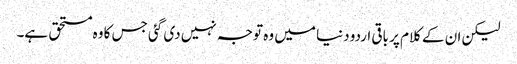
لیکن ان کے کلام پر باقی اردو دنیا میں وہ توجہ نہیں دی گئی جس کا وہ مستحق ہے۔